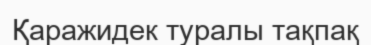
Қаражидек туралы тақпақ